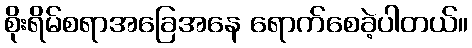
စိုးရိမ်စရာအခြေအနေ ရောက်စေခဲ့ပါတယ်။